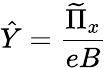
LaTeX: \hat{Y}=\frac{\widetilde{\Pi}_{x}}{eB}